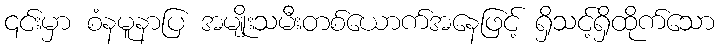
၎င်းမှာ စံနမူနာပြ အမျိုးသမီးတစ်ယောက်အနေဖြင့် ရှိသင့်ရှိထိုက်သော